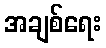
အချစ်ရေး